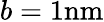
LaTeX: b=1\mathrm{{nm}}